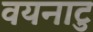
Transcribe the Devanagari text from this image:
वयनाटु